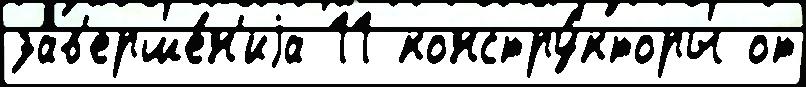
зав'ерше́н'иjа 11 констру́кторы от